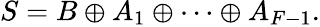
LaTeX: S=B\oplus A_{1}\oplus\cdots\oplus A_{F-1}.